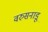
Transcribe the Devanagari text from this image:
वरुसनाडू